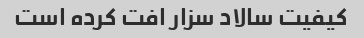
کیفیت سالاد سزار افت کرده است